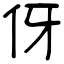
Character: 伢